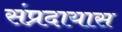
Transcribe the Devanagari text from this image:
संप्रदायास